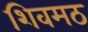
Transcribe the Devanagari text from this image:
शिवमठ